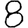
Digit: 8